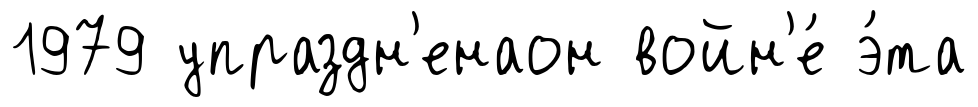
1979 упраздн'енаон войн'е́ э́та